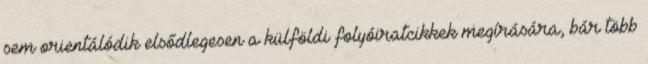
sem orientálódik elsődlegesen a külföldi folyóiratcikkek megírására, bár több